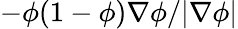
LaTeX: -\phi(1-\phi)\nabla\phi/|\nabla\phi|